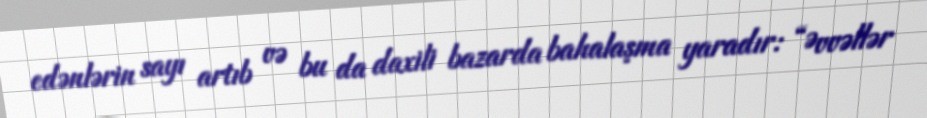
edənlərin sayı artıb və bu da daxili bazarda bahalaşma yaradır: “Əvvəllər